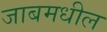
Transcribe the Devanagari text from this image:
जाबमधील